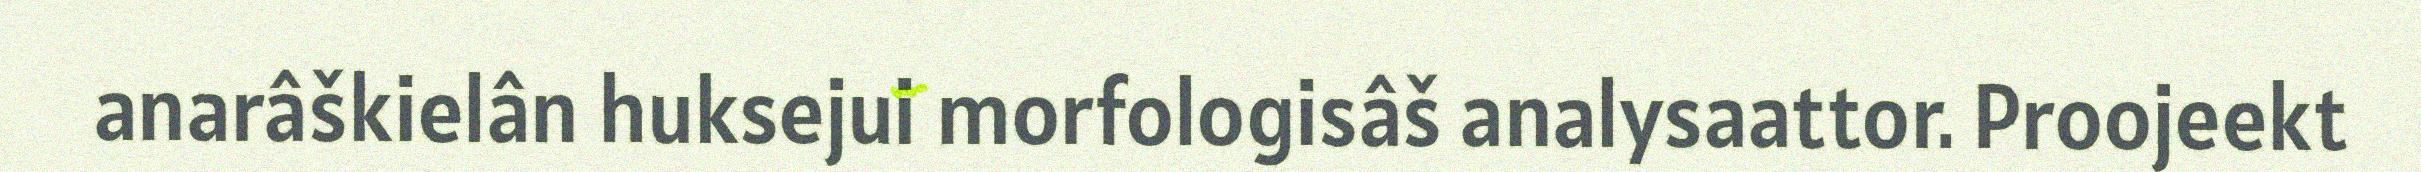
anarâškielân huksejui morfologisâš analysaattor. Proojeekt